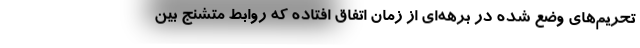
تحریم‌های وضع شده در برهه‌ای از زمان اتفاق افتاده که روابط متشنج بین